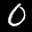
Label: 0